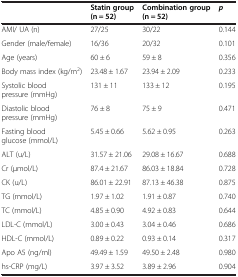
<table><thead><tr><td><b> </b></td><td><b>Statin group (n = 52)</b></td><td><b>Combination group (n = 52)</b></td><td><b><i>p</i></b></td></tr></thead><tbody><tr><td>AMI/ UA (n)</td><td>27/25</td><td>30/22</td><td>0.144</td></tr><tr><td>Gender (male/female)</td><td>16/36</td><td>20/32</td><td>0.101</td></tr><tr><td>Age (years)</td><td>60 ± 6</td><td>59 ± 8</td><td>0.356</td></tr><tr><td>Body mass index (kg/m<sup>2</sup>)</td><td>23.48 ± 1.67</td><td>23.94 ± 2.09</td><td>0.233</td></tr><tr><td>Systolic blood pressure (mmHg)</td><td>131 ± 11</td><td>133 ± 12</td><td>0.195</td></tr><tr><td>Diastolic blood pressure (mmHg)</td><td>76 ± 8</td><td>75 ± 9</td><td>0.471</td></tr><tr><td>Fasting blood glucose (mmol/L)</td><td>5.45 ± 0.66</td><td>5.62 ± 0.95</td><td>0.263</td></tr><tr><td>ALT (u/L)</td><td>31.57 ± 21.06</td><td>29.08 ± 16.67</td><td>0.688</td></tr><tr><td>Cr (μmol/L)</td><td>87.4 ± 21.67</td><td>86.03 ± 18.84</td><td>0.728</td></tr><tr><td>CK (u/L)</td><td>86.01 ± 22.91</td><td>87.13 ± 46.38</td><td>0.875</td></tr><tr><td>TG (mmol/L)</td><td>1.97 ± 1.02</td><td>1.91 ± 0.87</td><td>0.740</td></tr><tr><td>TC (mmol/L)</td><td>4.85 ± 0.90</td><td>4.92 ± 0.83</td><td>0.644</td></tr><tr><td>LDL-C (mmol/L)</td><td>3.00 ± 0.43</td><td>3.04 ± 0.46</td><td>0.686</td></tr><tr><td>HDL-C (mmol/L)</td><td>0.89 ± 0.22</td><td>0.93 ± 0.14</td><td>0.317</td></tr><tr><td>Apo A5 (ng/ml)</td><td>49.49 ± 1.59</td><td>49.50 ± 2.48</td><td>0.980</td></tr><tr><td>hs-CRP (mg/L)</td><td>3.97 ± 3.52</td><td>3.89 ± 2.96</td><td>0.904</td></tr></tbody></table>